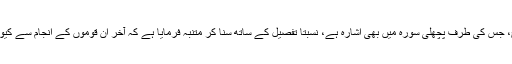
ان کو پچھلی قوموں کی تاریخ، جس کی طرف پچھلی سورہ میں بھی اشارہ ہے، نسبتاً تفصیل کے ساتھ سنا کر متنبہ فرمایا ہے کہ آخر ان قوموں کے انجام سے کیوں عبرت نہیں حاصل کرتے؟